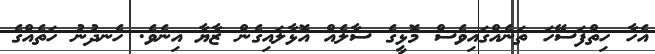
އެހާ ހިތްފަސޭހަ ތަނެއްގައިވެސް މޮޅީގެ ސާލެއް އޮޅާލައިގެން ޒާޔާ އިނެވެ. ހެނދުނު ހަތެއްގެ